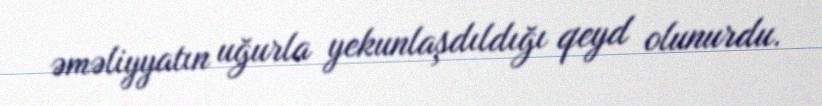
əməliyyatın uğurla yekunlaşdıldığı qeyd olunurdu.